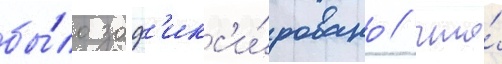
бы́ло заф'икс'и́ровано / что́